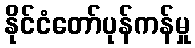
နိုင်ငံတော်ပုန်ကန်မှု